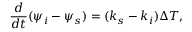
\frac { d } { d t } ( \psi _ { i } - \psi _ { s } ) = ( k _ { s } - k _ { i } ) \Delta T ,